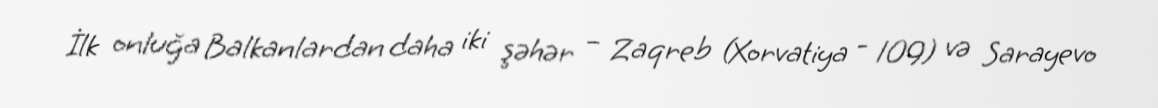
İlk onluğa Balkanlardan daha iki şəhər – Zaqreb (Xorvatiya - 109) və Sarayevo